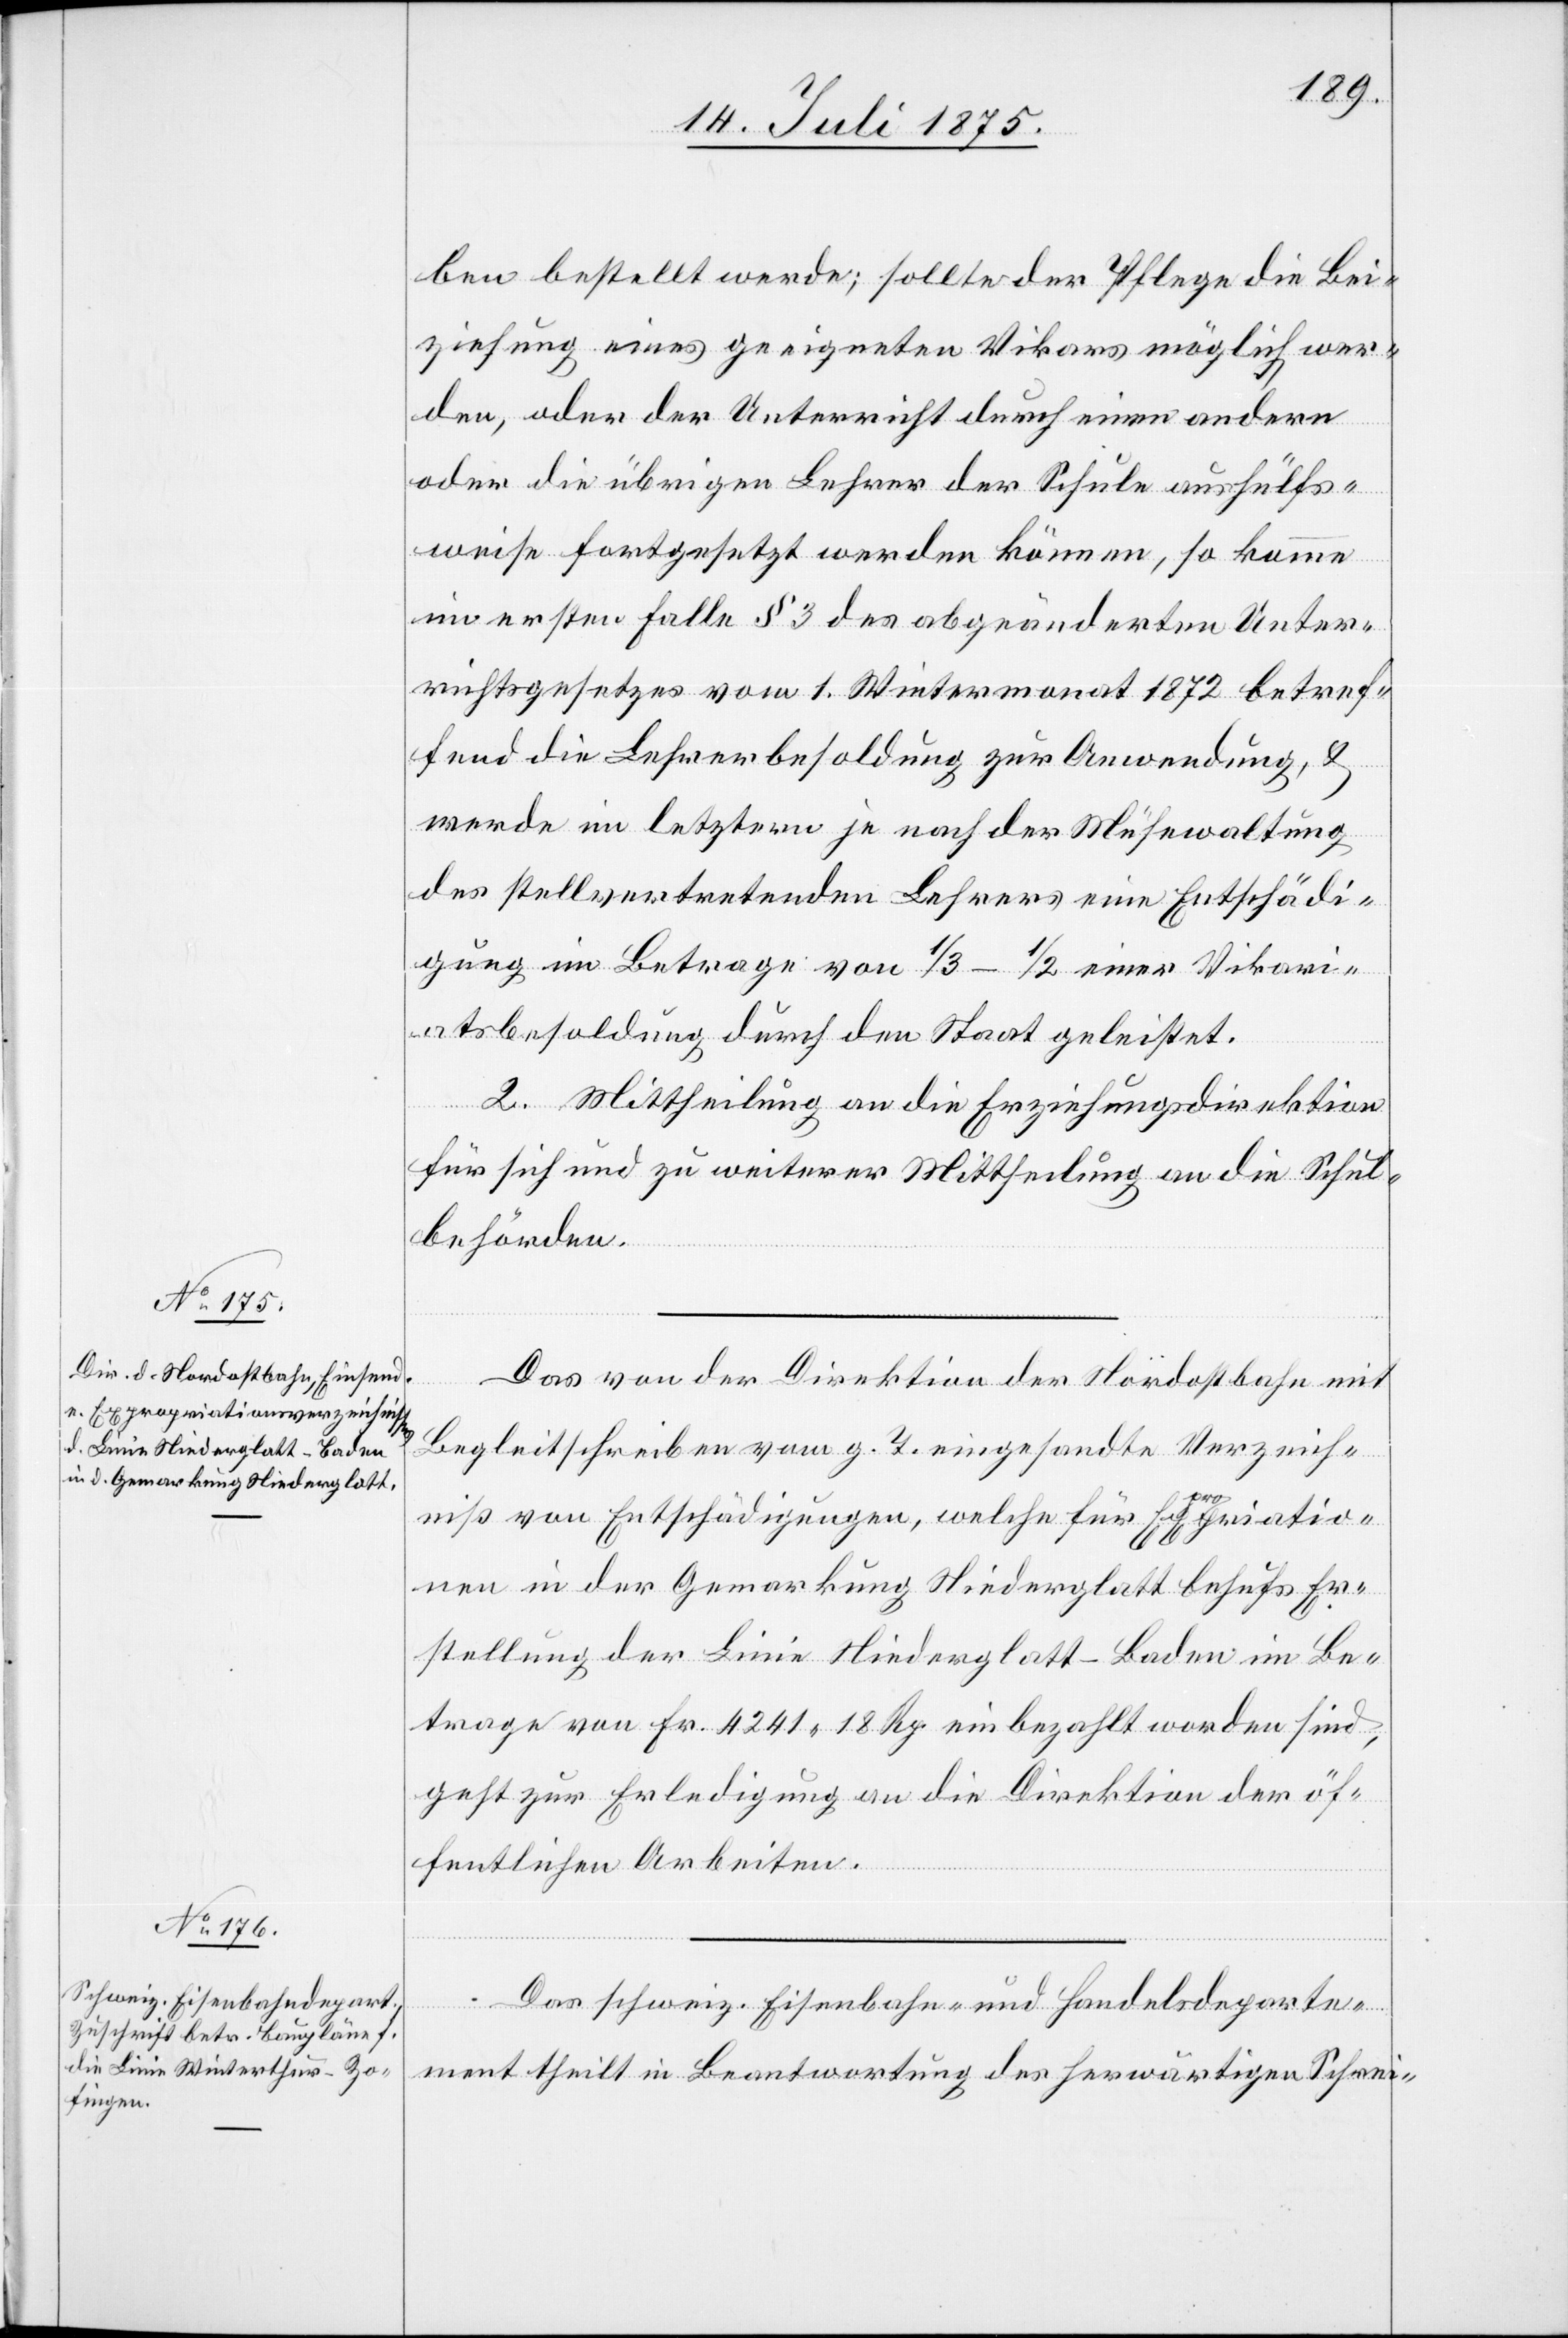
20. Juli 1875.]
ben bestellt werde; sollte der Pflege die Bei¬
ziehung eines geeigneten Vikars möglich wer¬
den, oder der Unterricht durch einen andern
oder die übrigen Lehrer der Schule aushülfs¬
weise fortgesetzt werden können, so komme
im ersten Falle § 3 des abgeänderten Unter¬
richtsgesetzes vom 1. Wintermonat 1872 betref¬
fend die Lehrerbesoldung zur Anwendung, &
werde im letztern je nach der Mühewaltung
des stellvertretenden Lehrers eine Entschädi¬
gung im Betrage von 1/3–1/2 einer Vikari¬
atsbesoldung durch den Staat geleistet.
2. Mittheilung an die Erziehungsdirektion
für sich und zu weiterer Mittheilung an die Schul¬
behörden.
Das von der Direktion der Nordostbahn mit
Begleitschreiben vom g. T. eingesandte Verzeich¬
niß von Entschädigungen, welche für Expropriatio¬
nen in der Gemarkung Niederglatt behufs Er¬
stellung der Linie Niederglatt–Baden im Be¬
trage von Fr. 4241 18 Rp. einbezahlt worden sind,
geht zur Erledigung an die Direktion der öf¬
fentlichen Arbeiten.
Das schweiz. Eisenbahn- und Handelsdeparte¬
ment theilt in Beantwortung des herwärtigen Schrei-